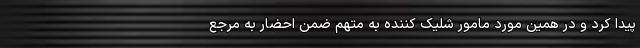
پیدا کرد و در همین مورد مامور شلیک کننده به متهم ضمن احضار به مرجع